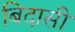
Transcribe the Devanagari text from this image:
बिदासी